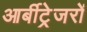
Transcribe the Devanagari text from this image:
आर्बीट्रेजरों